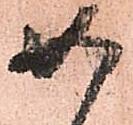
如